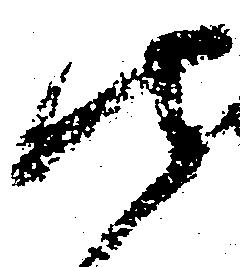
御